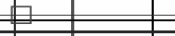
٣